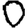
Digit: 0